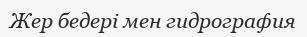
Жер бедері мен гидрография